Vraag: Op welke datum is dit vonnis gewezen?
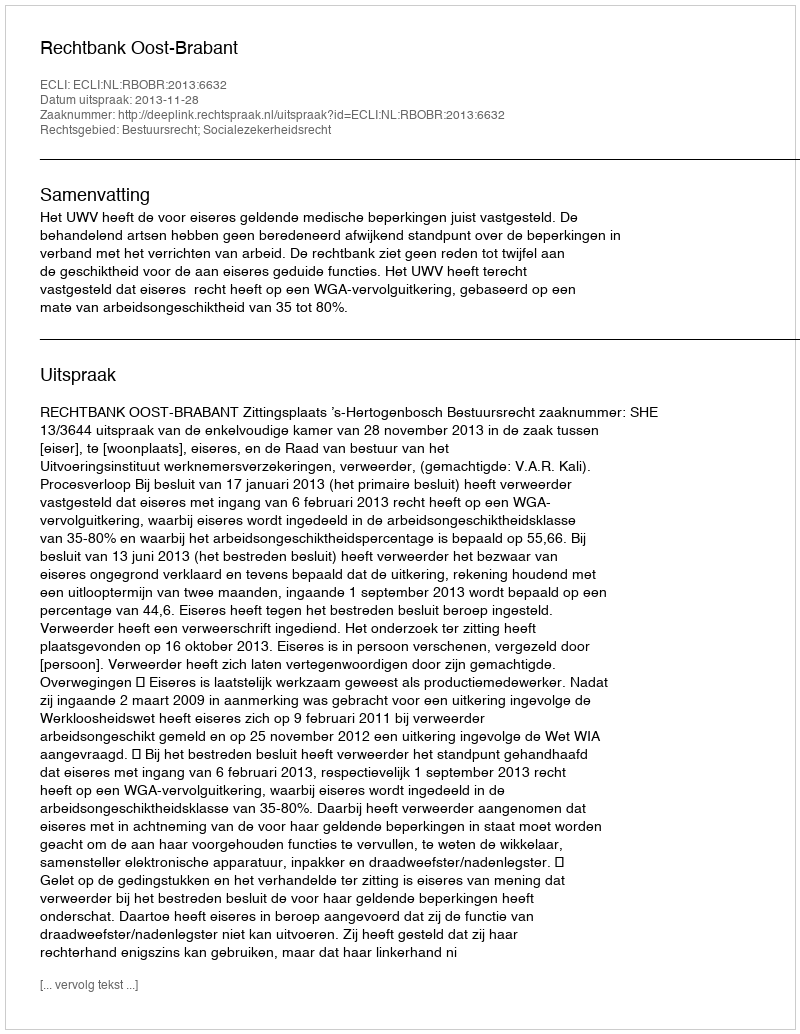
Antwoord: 2013-11-28